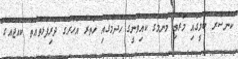
ކެންސަރު ބަލީގައި މަރުވި މަންމަގެ ކައިވެނީގެ ހެދުމުގައި ހަތަރު އަހަރުގެ ދަރިފުޅުތުއްތު ކުއްޖެއްގެ